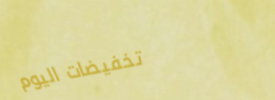
تخفيضات اليوم